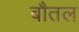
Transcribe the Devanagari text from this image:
बौतल